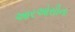
આરઓસીના